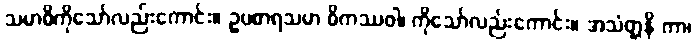
သမာဓိကိုသော်လည်းကောင်း။ ဥပစာရသမာ ဓိကဿဝါ၊ ကိုသော်လည်းကောင်း။ အသံတ္တနိ ကာ၊